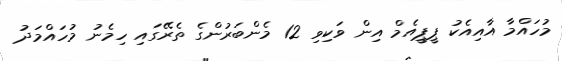
މުހައްމާ އާއިއެކު ޕީޕީއެމް އިން ވަކިވި 12 މެންބަރުންގެ ތެރޭގައި ހިމެނު މުހައްމަދު